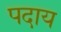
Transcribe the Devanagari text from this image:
पदाय